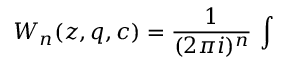
W _ { n } ( z , q , c ) = \frac { 1 } { ( 2 \pi i ) ^ { n } } \, \int